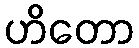
ဟိတော